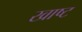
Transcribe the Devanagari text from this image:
खाष्ट